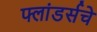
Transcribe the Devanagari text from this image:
फ्लांडर्सचे